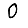
Digit: 0